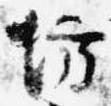
坊